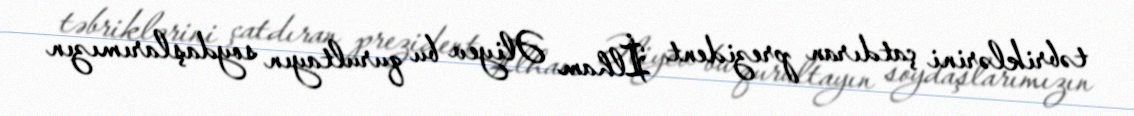
təbriklərini çatdıran prezident İlham Əliyev bu qurultayın soydaşlarımızın